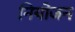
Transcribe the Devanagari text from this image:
नियोजन